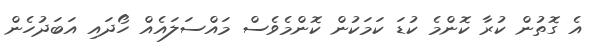
އެ ގޮތުން ކުރާ ކޮންމެ ކުޑަ ކަމަކުން ކޮންމެވެސް މައްސަލައެއް ހޯދައި އަބަދުހެން